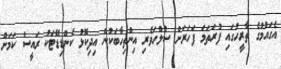
އެގައުމުގެ ތާރީހުގައި ފުރަތަމަ ފަހަރަށް ސުލްހަވެރި އިންތިހާބަކުން އިދިކޮޅު ކެންޑިޑޭޓަކު ރައީސް ކަމަށް